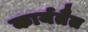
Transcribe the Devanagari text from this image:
कार्यतैत